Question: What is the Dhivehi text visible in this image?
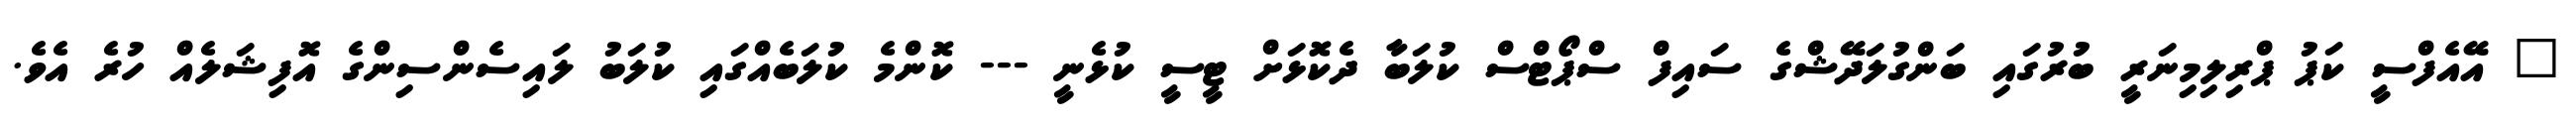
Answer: " އޭއެފްސީ ކަޕު ޕްރިލިމިނަރީ ބުރުގައި ބަންގުލަދޭޝްގެ ސައިފް ސްޕޯޓްސް ކުލަބާ ދެކޮޅަށް ޓީސީ ކުޅެނީ --- ކޮންމެ ކުލަބެއްގައި ކުލަބު ލައިސެންސިންގެ އޮފިޝަލެއް ހުރެ އެވެ.